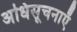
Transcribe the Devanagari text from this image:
अधिसूचनाएँ